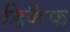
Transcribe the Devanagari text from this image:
डिकैफ